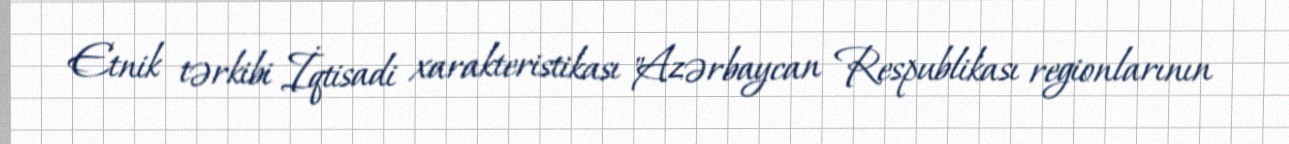
Etnik tərkibi İqtisadi xarakteristikası "Azərbaycan Respublikası regionlarının